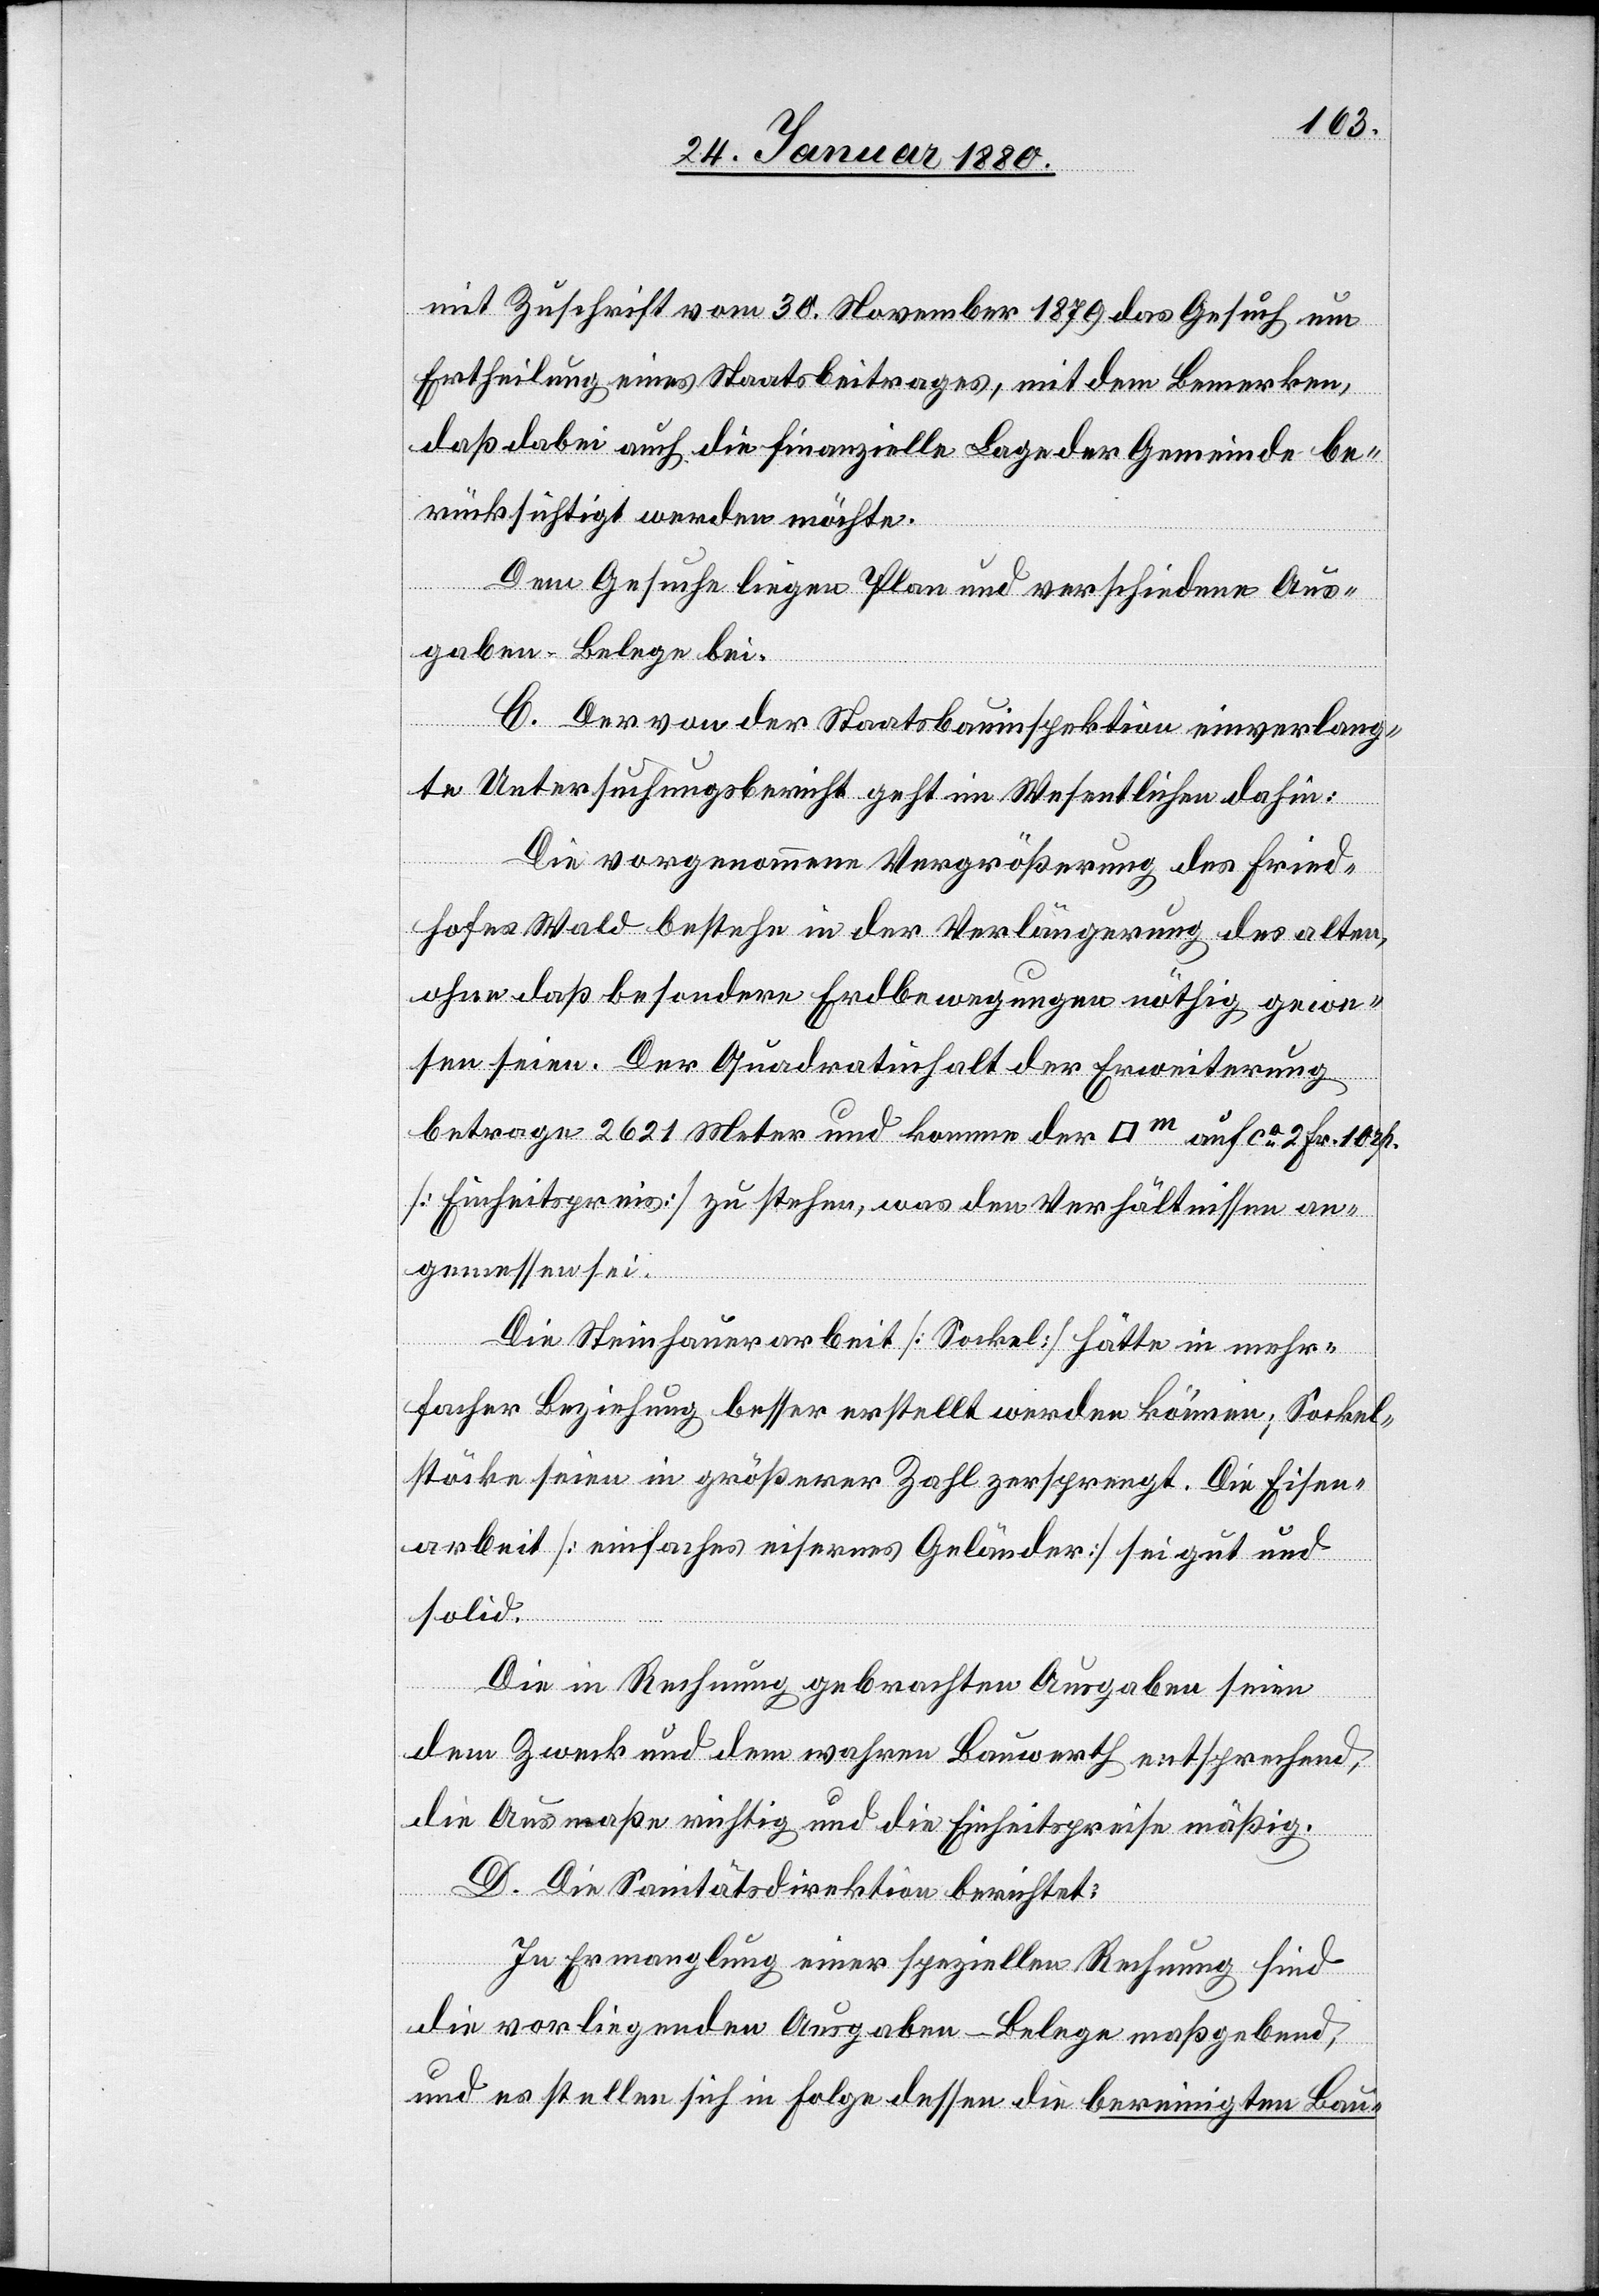
mit Zuschrift vom 30. November 1879 das Gesuch um
Ertheilung eines Staatsbeitrages, mit dem Bemerken,
daß dabei auch die finanzielle Lage der Gemeinde be¬
rücksichtigt werden möchte.
Dem Gesuche liegen Plan und verschiedene Aus¬
gaben-Belege bei.
C. Der von der Staatsbauinspektion einverlang¬
te Untersuchungsbericht geht im Wesentlichen dahin:
Die vorgenommene Vergrößerung des Fried¬
hofes Wald bestehe in der Verlängerung des alten,
ohne daß besondere Erdbewegungen nöthig gewor¬
den seien. Der Quadratinhalt der Erweiterung
betrage 2621 Meter und komme der [Quadratmeter]
[Einheitspreis] zu stehen, was den Verhältnissen an¬
gemessen sei.
Die Steinhauerarbeit [Sockel] hätte in mehr¬
facher Beziehung besser erstellt werden können; Sockel¬
stücke seien in größerer Zahl zersprengt. Die Eisen¬
arbeit [einfaches eisernes Geländer] sei gut und
solid.
Fr.
Die in Rechnung gebrachten Ausgaben seien
dem Zweck und dem wahren Bauwerth entsprechend,
die Ausmaße richtig und die Einheitspreise mäßig.
10 rp.
D. Die Sanitätsdirektion berichtet:
In Ermanglung einer speziellen Rechnung sind
die vorliegenden Ausgaben-Belege maßgebend,
und es stellen sich in Folge dessen die bereinigten Bau-